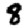
Digit: 8